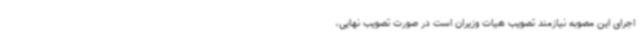
اجرای این مصوبه نیازمند تصویب هیات وزیران است در صورت تصویب نهایی،